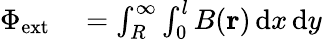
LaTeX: \begin{array}{rl}{\Phi_{\mathrm{ext}}}&{{}=\int_{R}^{\infty}\int_{0}^{l}B(\mathbf{r})\, \mathrm{d}x\, \mathrm{d}y}\end{array}